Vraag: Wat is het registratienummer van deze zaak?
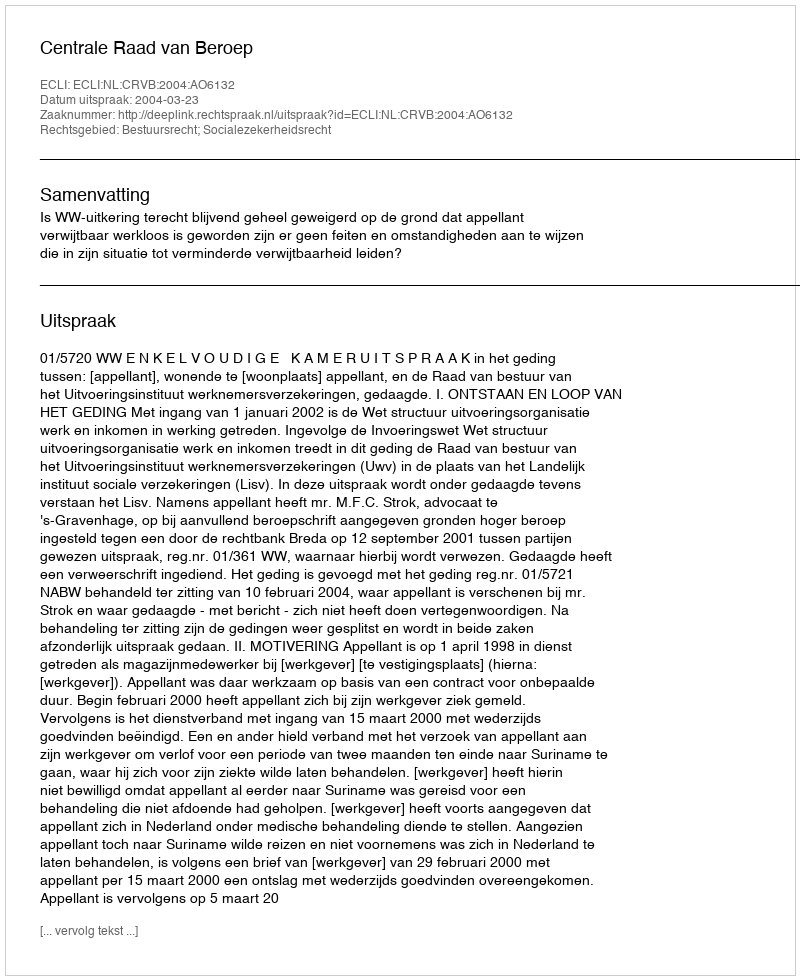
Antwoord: http://deeplink.rechtspraak.nl/uitspraak?id=ECLI:NL:CRVB:2004:AO6132